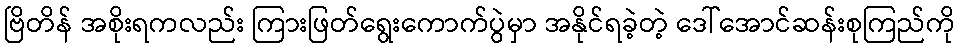
ဗြိတိန် အစိုးရကလည်း ကြားဖြတ်ရွေးကောက်ပွဲမှာ အနိုင်ရခဲ့တဲ့ ဒေါ်အောင်ဆန်းစုကြည်ကို